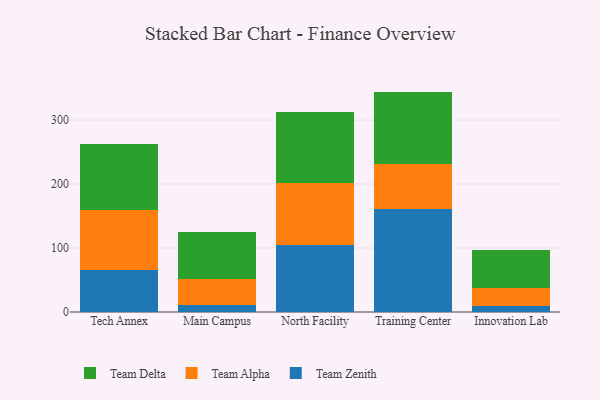
{"axis": {"x": "Campus", "y": "Tickets Resolved"}, "legend": ["Team Alpha", "Team Delta", "Team Zenith"], "data": [{"x": "Tech Annex", "y": 65.7, "type": "Team Zenith"}, {"x": "Tech Annex", "y": 93.9, "type": "Team Alpha"}, {"x": "Tech Annex", "y": 103.7, "type": "Team Delta"}, {"x": "Main Campus", "y": 11.5, "type": "Team Zenith"}, {"x": "Main Campus", "y": 39.8, "type": "Team Alpha"}, {"x": "Main Campus", "y": 73.3, "type": "Team Delta"}, {"x": "North Facility", "y": 104.6, "type": "Team Zenith"}, {"x": "North Facility", "y": 96.8, "type": "Team Alpha"}, {"x": "North Facility", "y": 110.5, "type": "Team Delta"}, {"x": "Training Center", "y": 160.5, "type": "Team Zenith"}, {"x": "Training Center", "y": 71.3, "type": "Team Alpha"}, {"x": "Training Center", "y": 112.7, "type": "Team Delta"}, {"x": "Innovation Lab", "y": 8.9, "type": "Team Zenith"}, {"x": "Innovation Lab", "y": 28.1, "type": "Team Alpha"}, {"x": "Innovation Lab", "y": 60.4, "type": "Team Delta"}]}